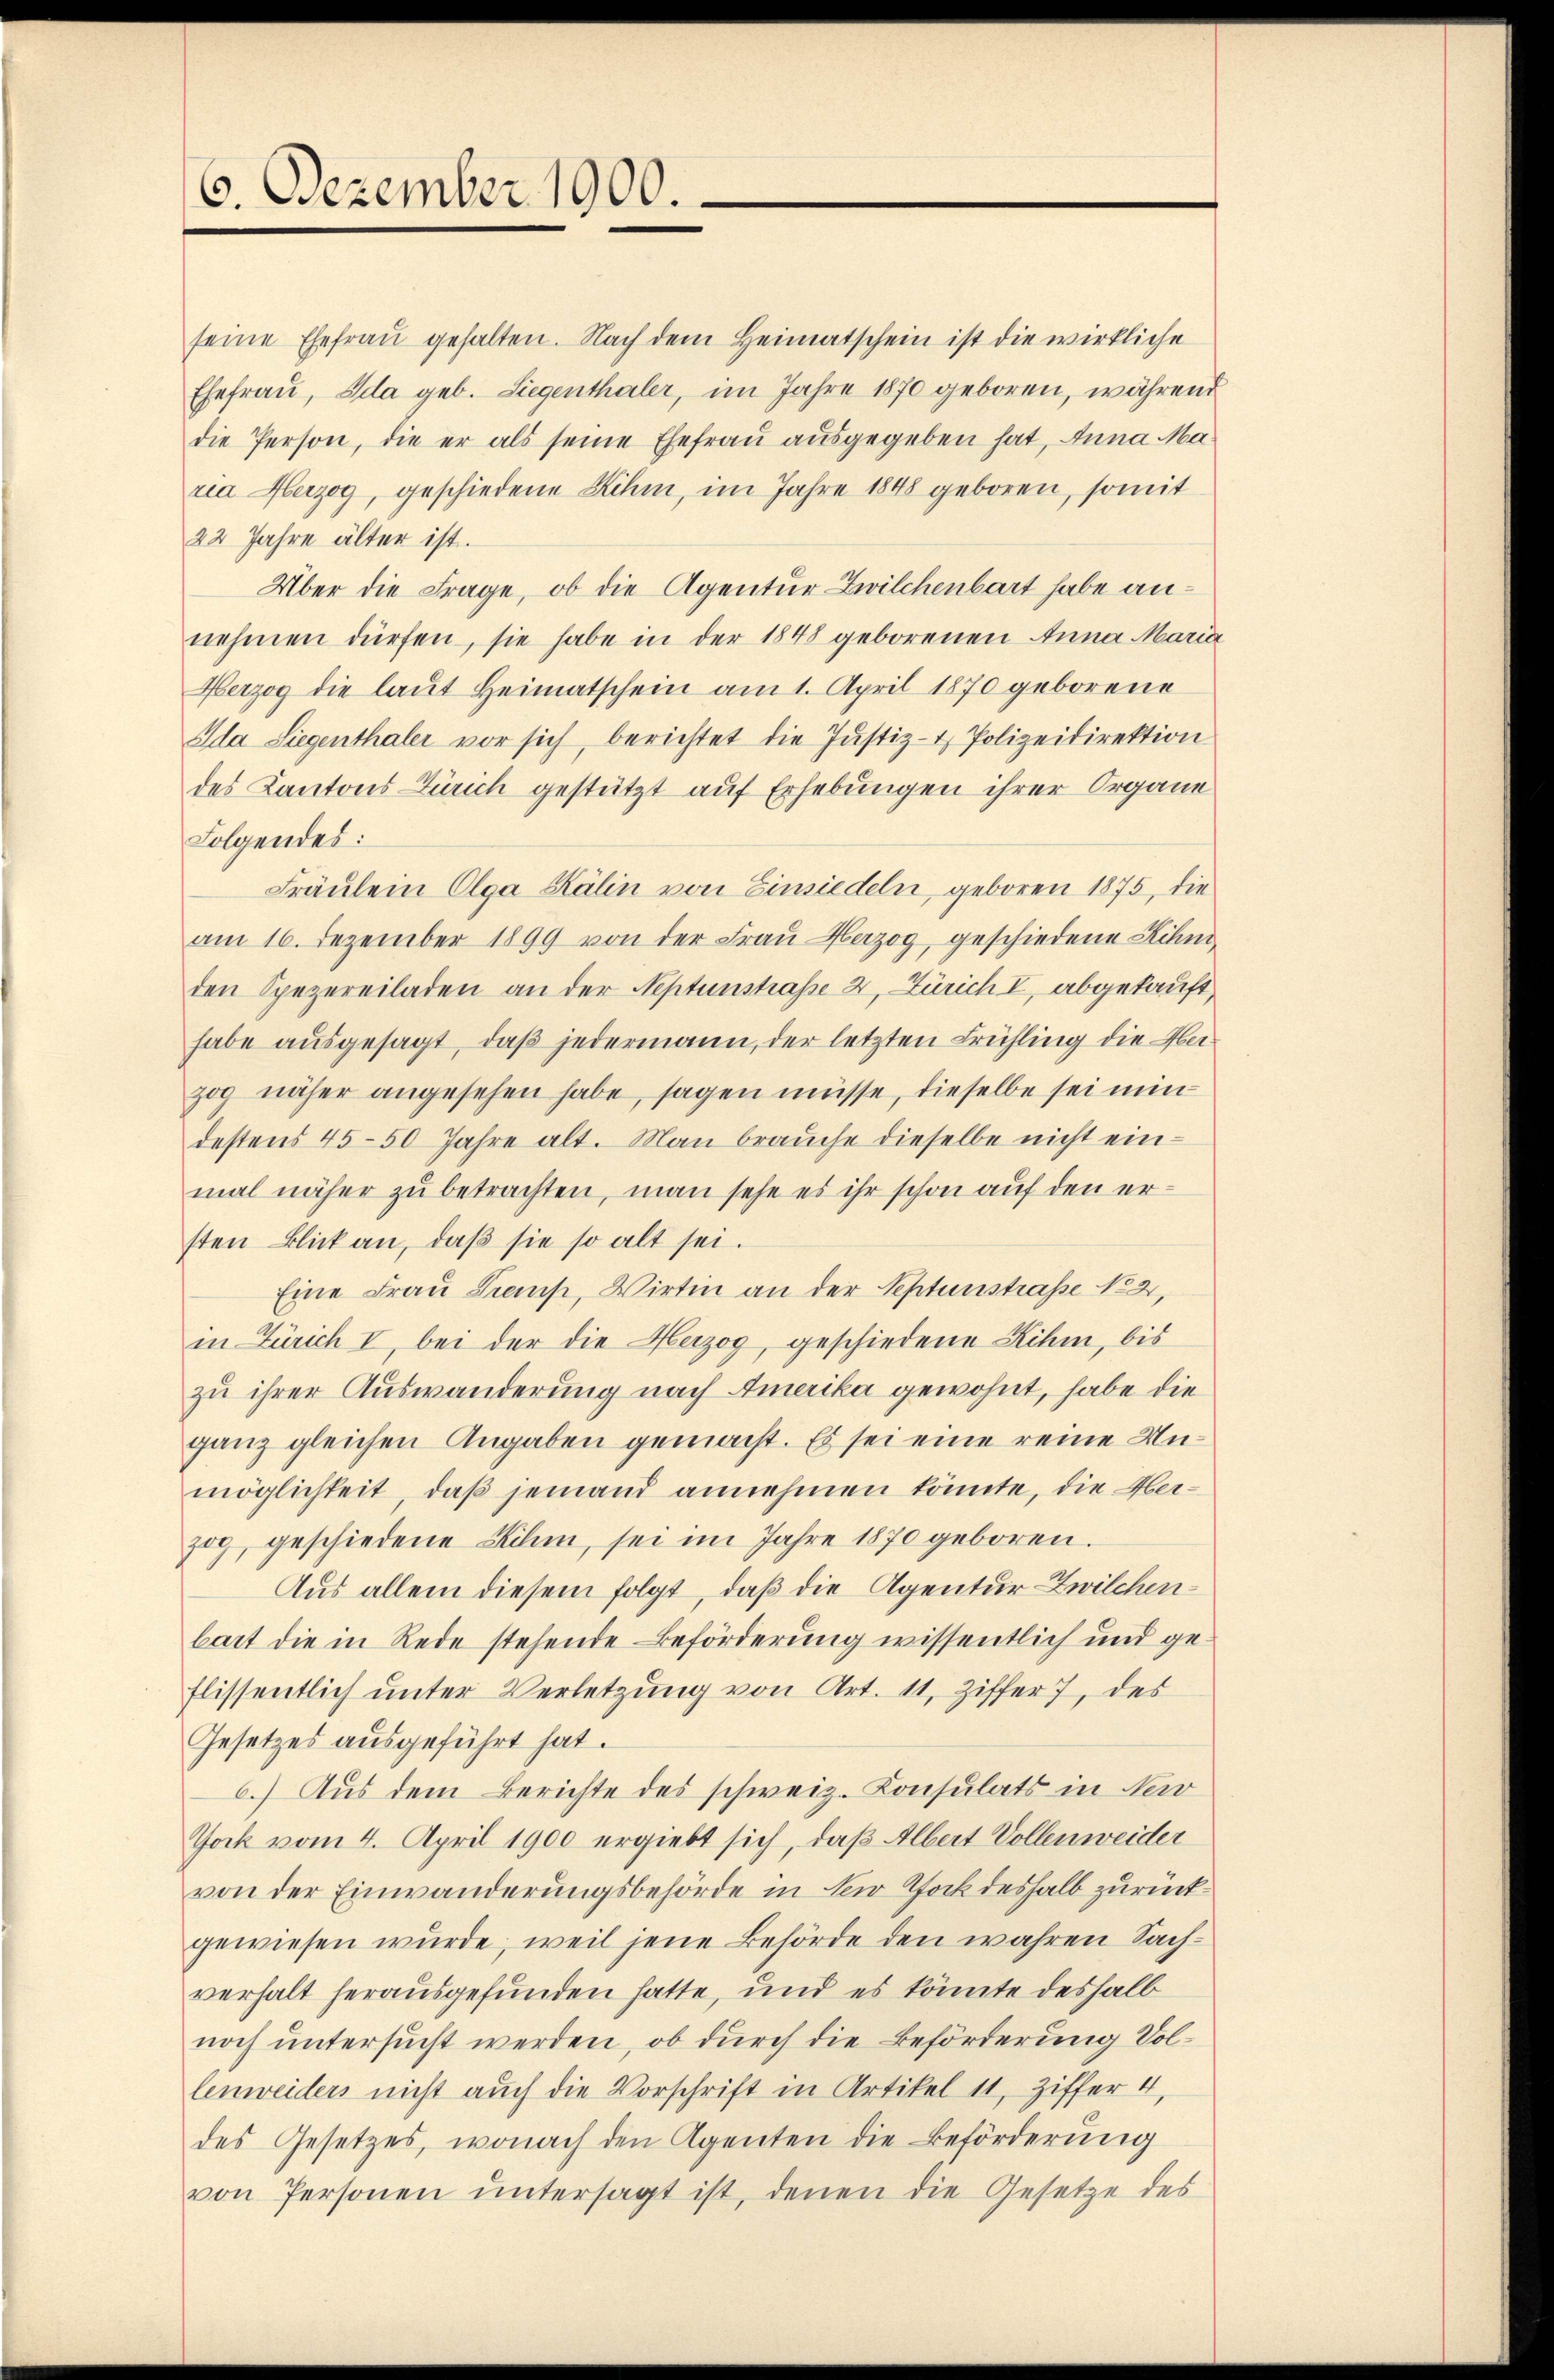
6. Dezember 1900.

seine Ehefrau gehalten. Nach dem Heimatschein ist die wirkliche
Ehefrau, Ida geb. Siegenthaler, im Jahre 1870 geboren, während
die Person, die er als seine Ehefrau ausgegeben hat, Anna Maria Herzog, geschiedene Kihm, im Jahre 1848 geboren, somit
22 Jahre älter ist.
Über die Frage, ob die Agentur Zwilchenbart habe annehmen dürfen, sie habe in der 1848 geborenen Anna Maria
Herzog die laut Heimatschein am 1. April 1870 geborene
Dda Siegenthaler vor sich, berichtet die Justiz- & Polizeidirektion
des Kantons Zürich gestützt auf Erhebungen ihrer Organe
Folgendes:
Fräulein Olga Kälin von Einsiedeln, geboren 1875, die
am 16. Dezember 1899 von der Fraŭ Herzog, geschiedene Kihmden Spezereiladen an der Neptunstraße 2, Zürich I, abgekauft,
habe ausgesagt, daß jedermann, der letzten Frühling die Meizog näher angesehen habe, sagen müsse, dieselbe sei mindestens 45-50 Jahre alt. Man brauche dieselbe nicht einmal näher zu betrachten, man sehe es ihr schon auf den ersten Blick an, daβ sie so alt sei.
Eine Frau Tremp, Wirtin an der Septenstraße No 2,
in Zürich I, bei der die Herzog, geschiedene Kihm, bis
zu ihrer Auswanderung nach Amerika gewohnt, habe die
ganz gleichen Angaben gemacht. Es sei eine reine Unmöglichkeit, daß jemand annehmen könnte, die Oberzog, geschiedene Rihm, sei im Jahre 1870 geboren.
Aus allem diesem folgt, daß die Agentur Zwilchenbart die in Rede stehende Beförderung wissentlich und ge-
flissentlich unter Verletzung von Art. 11. Ziffer 7, des
Gesetzes ausgeführt hat.
6.) Aus dem Berichte des schweiz. Konsulats in Nerv
Tock vom 4. April 1900 ergiebt sich, daß Albert Vollenweider
von der Einwanderungsbehörde in der Stock deshalb zurück
gewiesen wurde, weil jene Behörde den wahren Sachverhalt herausgefunden hatte, und es könnte deshalb
noch untersucht werden, ob durch die Beförderung Vollenweiders nicht auch die Vorschrift in Artikel 11, Ziffer 4,
des Gesetzes, wonach den Agenten die Beförderung
von Personen ŭntersagt ist, denen die Gesetze des